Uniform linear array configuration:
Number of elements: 8
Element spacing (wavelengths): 0.5
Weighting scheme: exponential
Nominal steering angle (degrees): -15
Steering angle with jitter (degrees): -14.78
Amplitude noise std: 0.05
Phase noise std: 0.05

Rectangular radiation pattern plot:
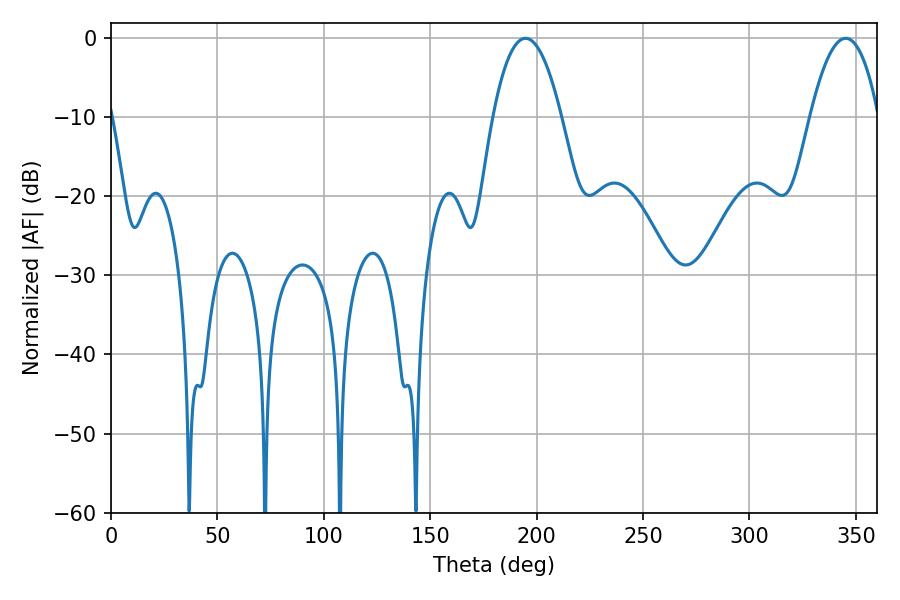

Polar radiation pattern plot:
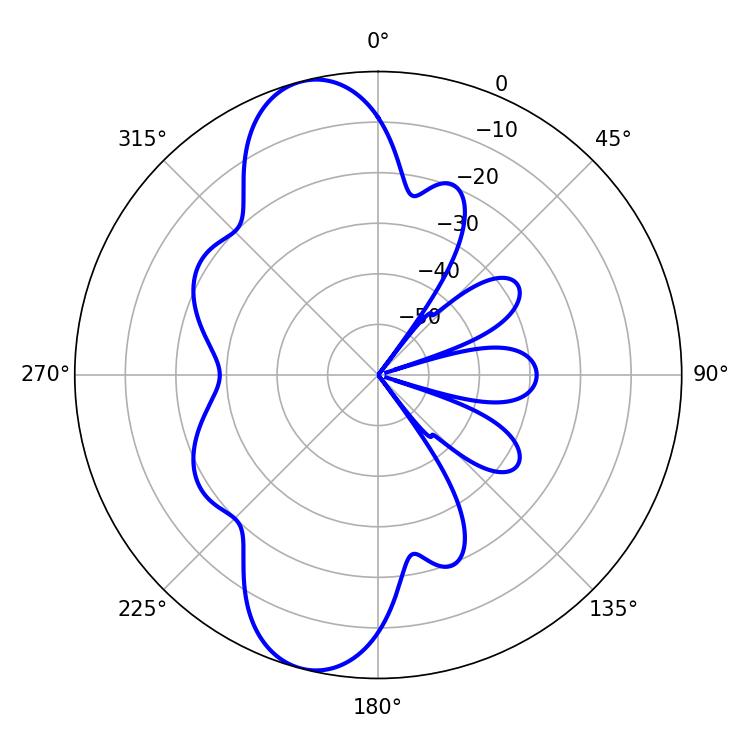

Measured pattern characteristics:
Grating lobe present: FALSE
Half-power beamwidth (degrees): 17.82
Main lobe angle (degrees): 194.76